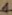
Text: 1